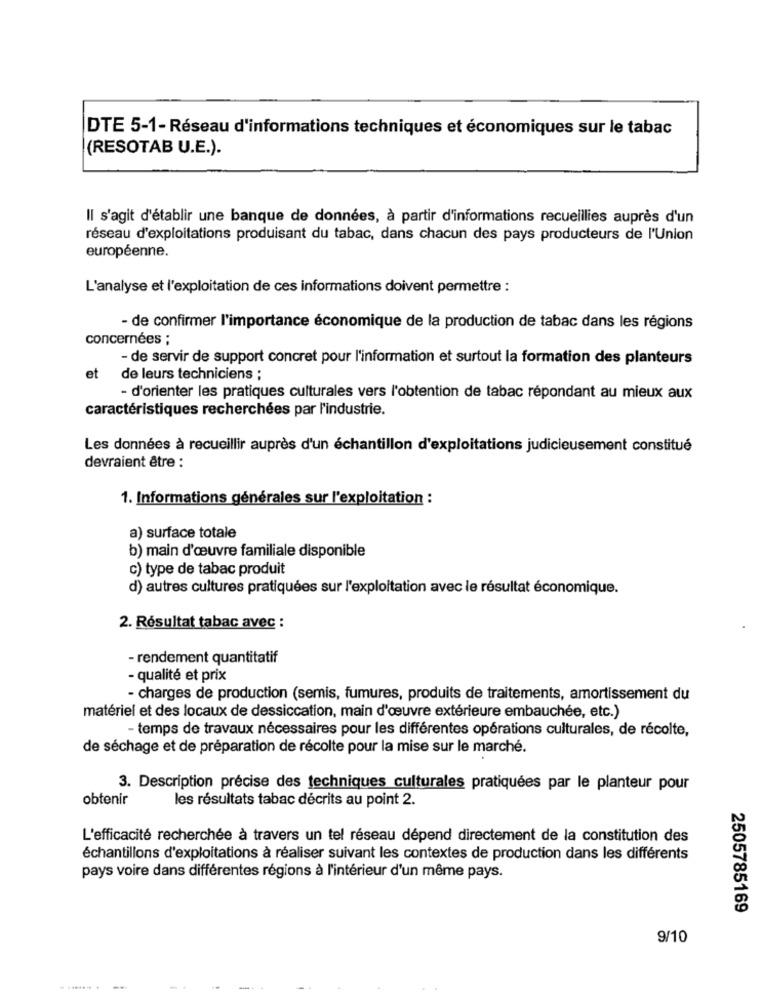
DTE 5-1-Réseau d'informations techniques et économiques sur le tabac
(RESOTAB U.E.).
Il s'agit d'établir une banque de données, à partir d'informations recueillies auprès d'un
réseau d'exploitations produisant du tabac, dans chacun des pays producteurs de l'Union
européenne.
L'analyse et l'exploitation de ces informations doivent permettre :
- de confirmer l'importance économique de la production de tabac dans les régions
concernées ;
- de servir de support concret pour l'information et surtout la formation des planteurs
et de leurs techniciens ;
- d'orienter les pratiques culturales vers l'obtention de tabac répondant au mieux aux
caractéristiques recherchées par l'industrie.
Les données à recueillir auprès d'un échantillon d'exploitations judicieusement constitué
devraient être :
1. Informations générales sur l'exploitation :
a) surface totale
b) main d'œuvre familiale disponible
c) type de tabac produit
d) autres cultures pratiquées sur l'exploitation avec le résultat économique.
2. Résultat tabac avec :
- rendement quantitatif
- qualité et prix
- charges de production (semis, fumures, produits de traitements, amortissement du
matériel et des locaux de dessiccation, main d'œuvre extérieure embauchée, etc.)
- temps de travaux nécessaires pour les différentes opérations culturales, de récolte,
de séchage et de préparation de récolte pour la mise sur le marché.
3. Description précise des techniques culturales pratiquées par le planteur pour
obtenir
les résultats tabac décrits au point 2.
L'efficacité recherchée à travers un tel réseau dépend directement de la constitution des
échantillons d'exploitations à réaliser suivant les contextes de production dans les différents
pays voire dans différentes régions à l'intérieur d'un même pays.
2505785169
9/10
. ....... .
-